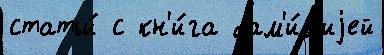
статьи́ с кн'и́га фам'и́л'иjей